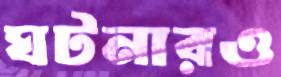
ঘটনারও